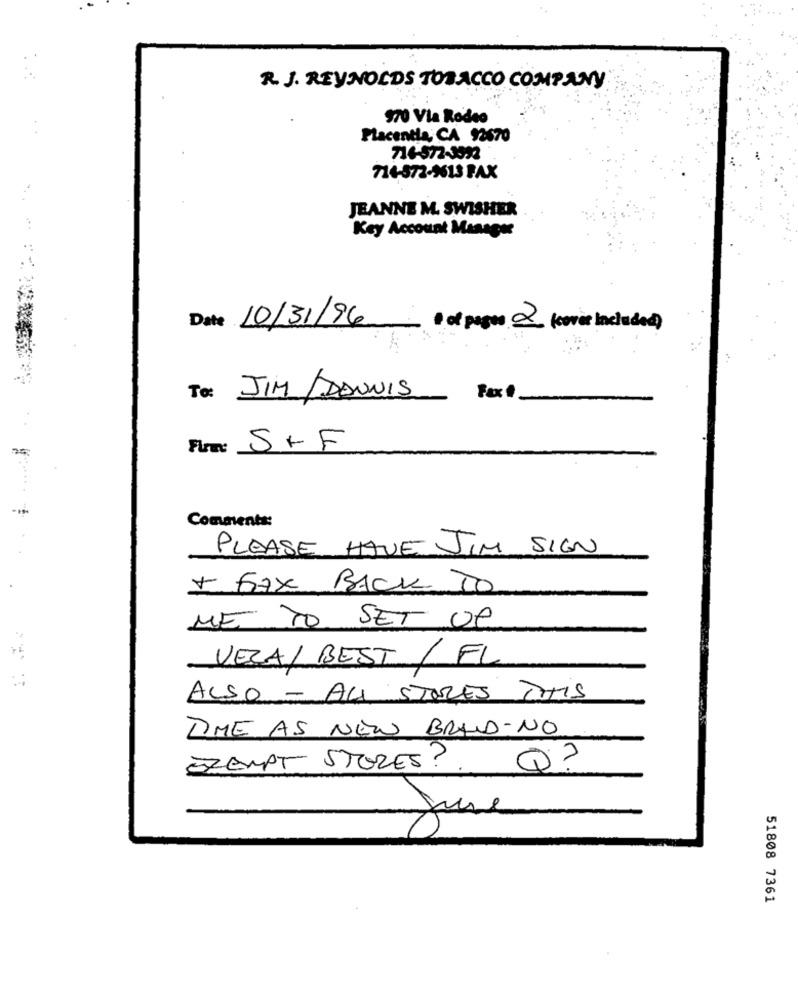
R. J. REYNOLDS TOBACCO COMPANY
970 Via Rodeo
Placentia, CA 93670
714-572-3532
714-572-9613 FAX
JEANNE M. SWISHER
Key Account Manager
Date 10/31/96 · of pages 2 (cover included)
To: JIM/DANNIS
Fax
Firme
S+F
Comments:
PLEASE HAVE JIM SIGN
+ FAX BACK TO
ME TO SET UP
VEZA/ BEST / FL
ALSO - ALI STORES THIS
TIME AS NEW BRAND-NO
EXEMPT STORES?
June
51808 7361